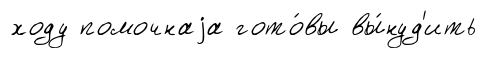
ходу помочнаjа гото́вы вы́нуд'ить